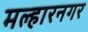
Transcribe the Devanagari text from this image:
मल्हारनगर